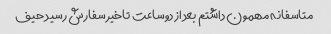
متاسفانه مهمون داشتم بعد از دوساعت تاخیر سفارش رسید حیف